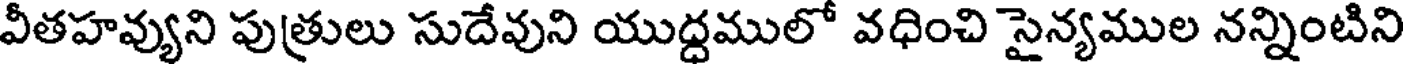
వీతహవ్యుని పుత్రులు సుదేవుని యుద్దములో వధించి సైన్యముల నన్నింటిని